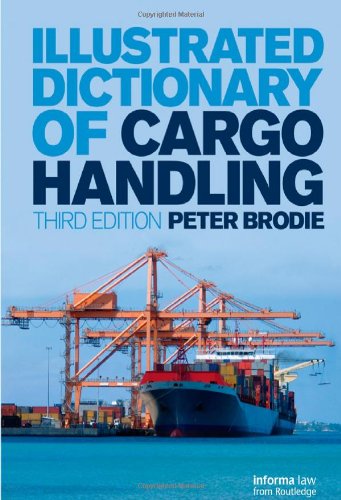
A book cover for Illustrated Dictionary of Cargo Handling; Peter Brodie; Law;